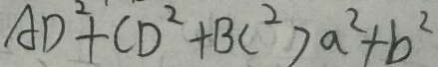
A D ^ { 2 } + C D ^ { 2 } + B C ^ { 2 } > a ^ { 2 } + b ^ { 2 }